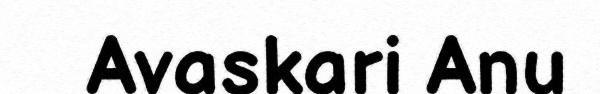
Avaskari Anu